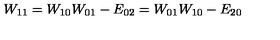
W _ { 1 1 } = W _ { 1 0 } W _ { 0 1 } - E _ { 0 2 } = W _ { 0 1 } W _ { 1 0 } - E _ { 2 0 }